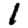
Digit: 1